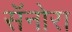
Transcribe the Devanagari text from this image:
सॅनोरा